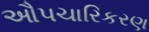
ઔપચારિકરણ